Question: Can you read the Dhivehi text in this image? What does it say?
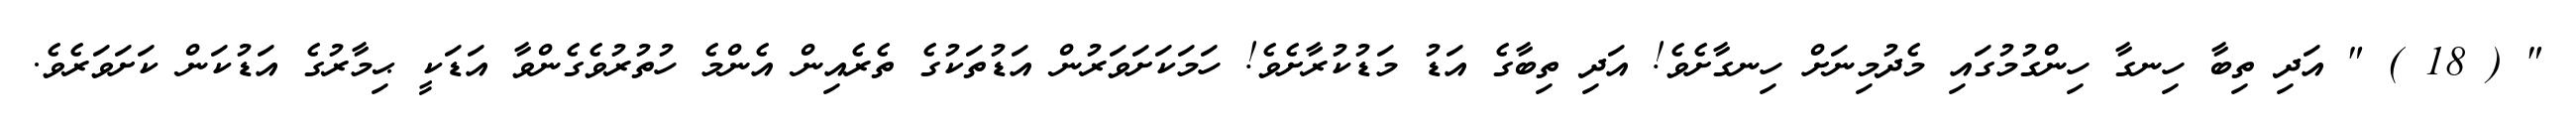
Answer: " ( 18 ) " އަދި ތިބާ ހިނގާ ހިންގުމުގައި މެދުމިނަށް ހިނގާށެވެ! އަދި ތިބާގެ އަޑު މަޑުކުރާށެވެ! ހަމަކަށަވަރުން އަޑުތަކުގެ ތެރެއިން އެންމެ ހުތުރުވެގެންވާ އަޑަކީ ޙިމާރުގެ އަޑުކަން ކަށަވަރެވެ.